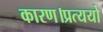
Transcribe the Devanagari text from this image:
कारण।प्रत्ययो